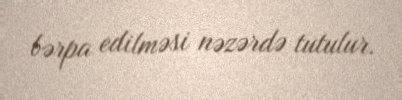
bərpa edilməsi nəzərdə tutulur.